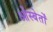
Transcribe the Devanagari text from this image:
ओस्बेर्तों